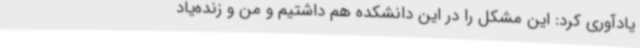
یادآوری کرد: این مشکل را در این دانشکده هم داشتیم و من و زنده‌یاد